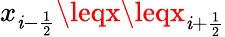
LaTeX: x_{\mathit{i}-\frac{{1}}{{2}}}\leqx\leqx_{\mathit{i}+\frac{{1}}{{2}}}